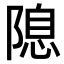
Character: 𨻁